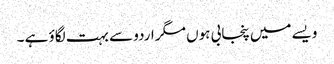
ویسے میں پنجابی ہوں مگر اردو سے بہت لگاؤ ہے ۔